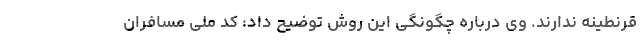
قرنطینه ندارند. وی درباره چگونگی این روش توضیح داد: کد ملی مسافران